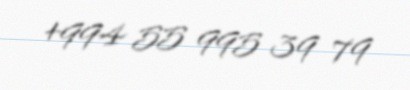
+994 55 995 39 79